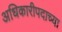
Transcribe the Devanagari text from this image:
अधिकारीपदाच्या